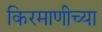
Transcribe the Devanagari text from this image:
किरमाणीच्या